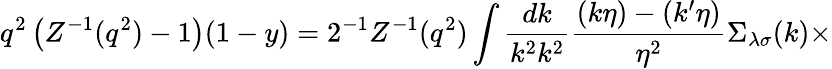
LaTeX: q^{2}\left(Z^{-1}(q^{2})-1\right)(1-y)=2^{-1}Z^{-1}(q^{2})\int\frac{dk}{k^{2}k^{2}}\frac{(k\eta)-(k^{\prime}\eta)}{\eta^{2}}\Sigma_{\lambda\sigma}(k)\times